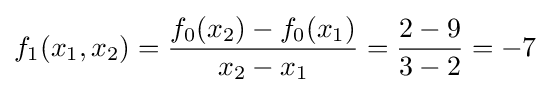
f_{1}(x_{1},x_{2})={\frac {f_{0}(x_{2})-f_{0}(x_{1})}{x_{2}-x_{1}}}={\frac {2-9}{3-2}}=-7